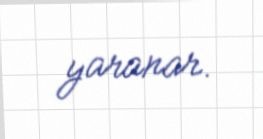
yaranar.